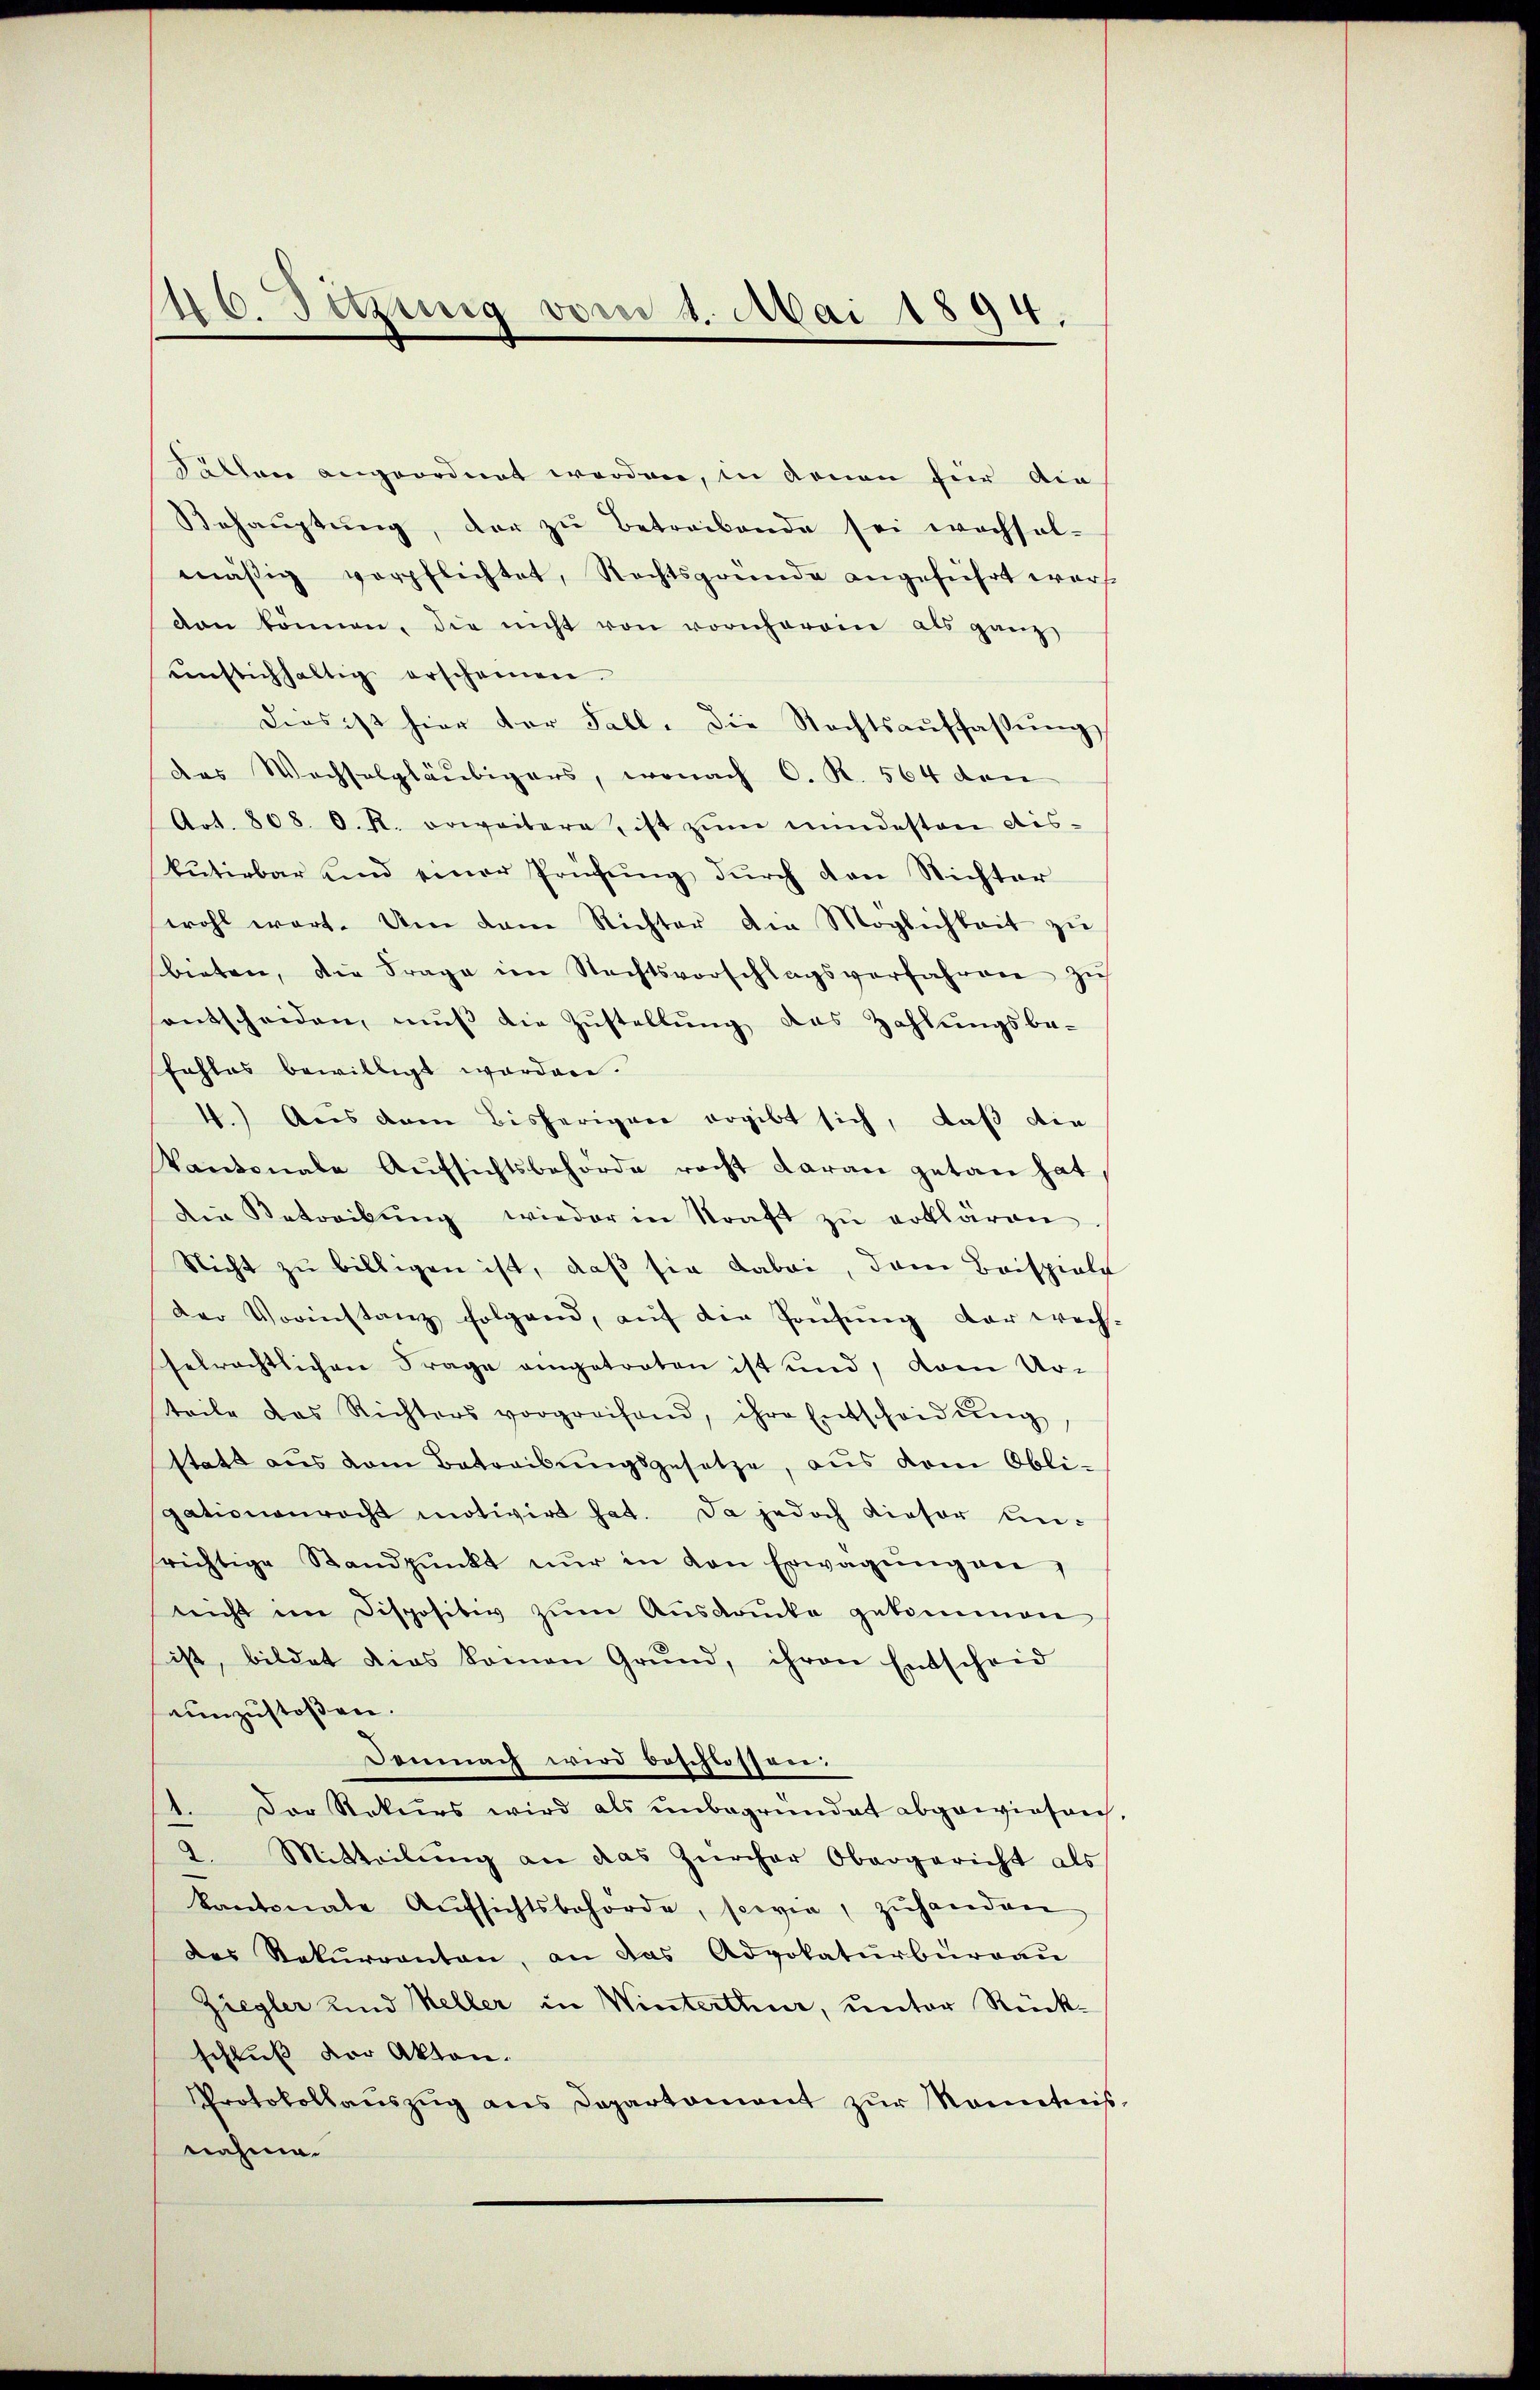
Fällen angeordnet werden, in denen für die
Behaŭptŭng, der zŭ betreibende sei wochsel-
mäßig verpflichtet, Rechtsgründe angeführt werf
van können, die nicht von vornherein als ganz
ŭnstichhaltig erscheinen.
dies ist hier der Fall. Die Rechtsauffassŭng
das Wachselgläubigers, wonach C. R. 564 den
Art. 808. O. R. erweitere, ist zŭm mindesten dis-
kŭtirbar und einer Prüfŭng dŭrch den Nichter
wohl wart. Um dam Richter die Möglichkeit zŭ
bieten, die Frage im Rechtsvorschlagsverfahren zŭ
entscheiden mŭβ die Zŭstellŭng des Zahlŭngsbe-
fahles bewilligt worden.
4.) Aus dem Bisherigen ergibt sich, daß die
Pantonale Aŭfsichtsbehörde racht daran getan hat
die Betreibŭng wieder in Straft zŭ erklären.
Nicht zu billigen ist, daß sie dabei, dem Beispiele
Der Vorinstanz folgend, aŭf die Prüfŭng der wech-
Gelrechtlichen Frage eingetreten ist und, vom Ur-
teile das Richters vorgreifend, ihre Entscheidŭng
statt aus dem Betreibŭngsgesetze, aus dem Obli-
gationenrecht motivirt hat. Da jedoch dieser un-
richtige Standpŭnkt nŭr in von Erwägŭng an,
neicht im Dispositiv zŭm Aŭsdrŭcke gekommen
ist, bildet dies kamen Grund, ihren Entscheid
einzustoßen.
Demnach wird beschlossen:
Der Rekurs wird als unbegründet abgewiesen
2. Mitteilŭng an das Zürcher Obergericht als
kantonale Aŭfsichtsbehörde, sowie, zŭhanden
des Rekurrenten, an das Advokaturbürgau
Ziegler und Keller in Winterthur, unter Rückschluß der Akten.
Protokollauszug aus Departament zur Marticis
nahme.

46. Setzung vom 8. Mai 1894.